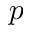
p